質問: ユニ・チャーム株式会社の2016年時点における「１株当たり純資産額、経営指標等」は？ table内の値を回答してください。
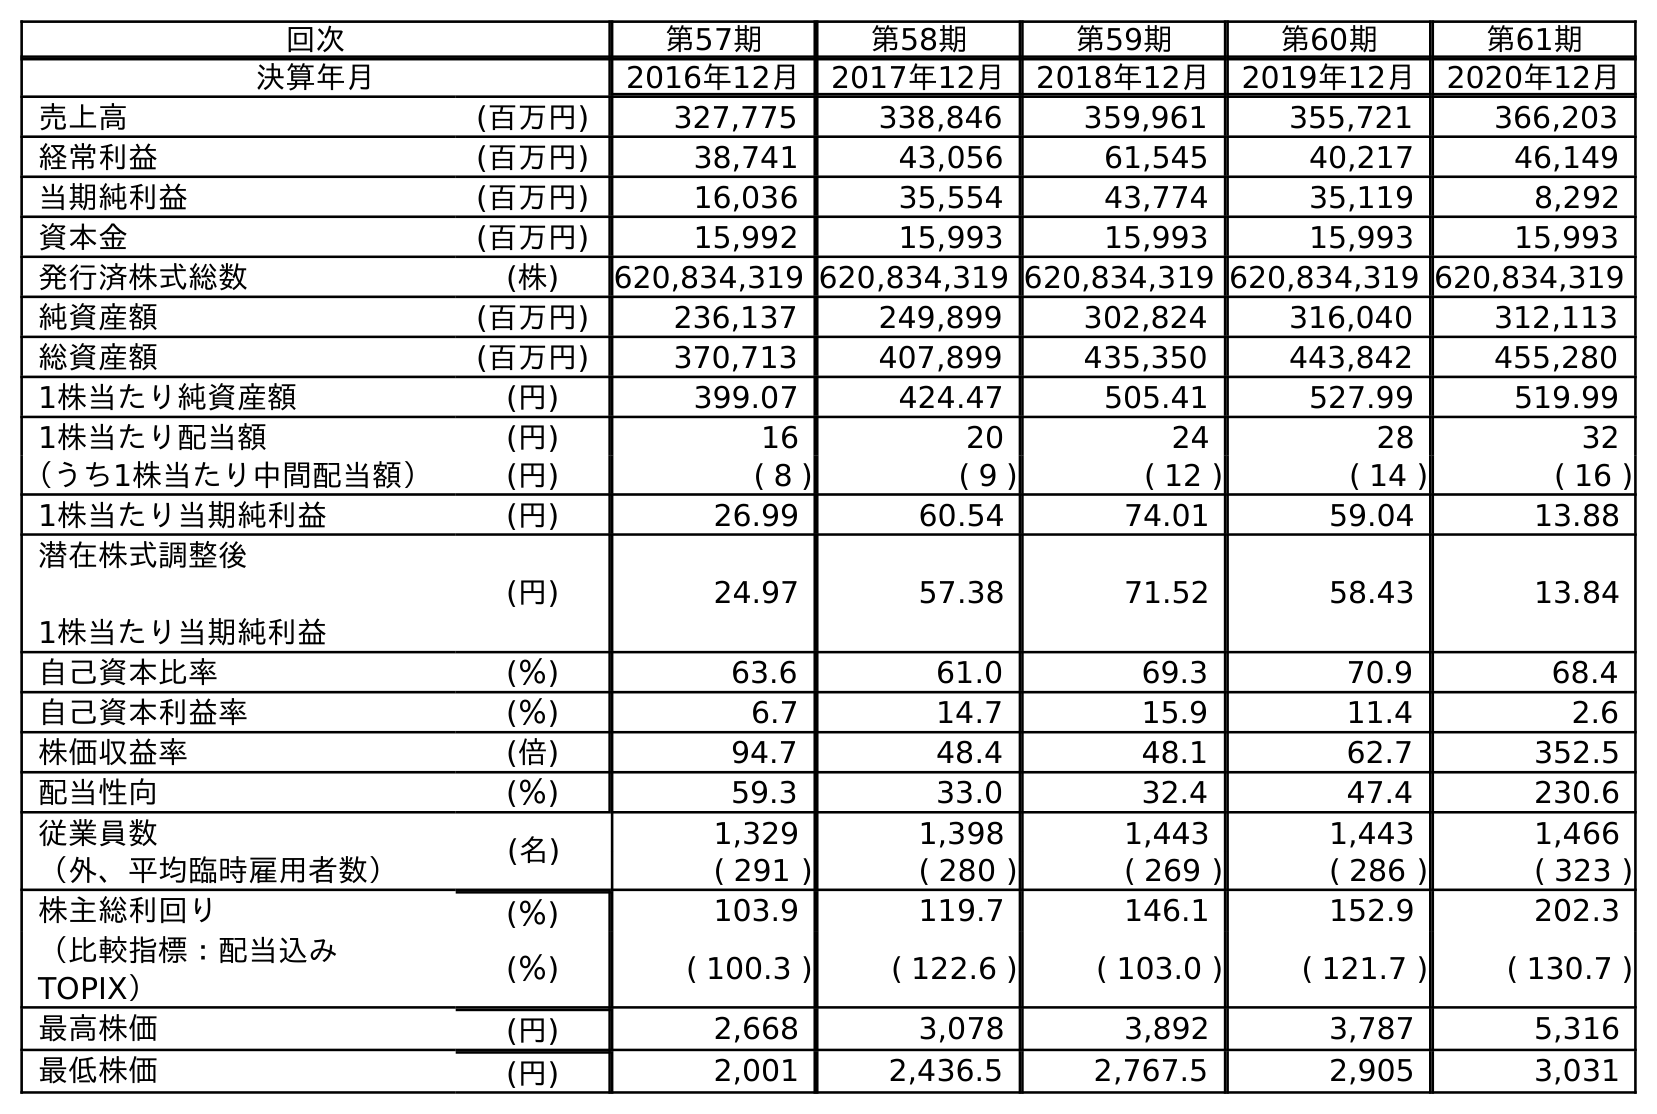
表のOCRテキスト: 回次 第57期 第58期 第59期 第60期 第61期 決算年月 2016年12月 2017年12月 2018年12月 2019年12月 2020年12月 売上高 (百万円) 327,775 338,846 359,961 355,721 366,203 経常利益 (百万円) 38,741 43,056 61,545 40,217 46,149 当期純利益 (百万円) 16,036 35,554 43,774 35,119 8,292 資本金 (百万円) 15,992 15,993 15,993 15,993 15,993 発行済株式総数 (株) 620,834,319 620,834,319 620,834,319 620,834,319 620,834,319 純資産額 (百万円) 236,137 249,899 302,824 316,040 312,113 総資産額 (百万円) 370,713 407,899 435,350 443,842 455,280 1株当たり純資産額 (円) 399.07 424.47 505.41 527.99 519.99 1株当たり配当額 (円) 16 20 24 28 32 （うち1株当たり中間配当額） (円) ( 8 ) ( 9 ) ( 12 ) ( 14 ) ( 16 ) 1株当たり当期純利益 (円) 26.99 60.54 74.01 59.04 13.88 潜在株式調整後 1株当たり当期純利益 (円) 24.97 57.38 71.52 58.43 13.84 自己資本比率 (％) 63.6 61.0 69.3 70.9 68.4 自己資本利益率 (％) 6.7 14.7 15.9 11.4 2.6 株価収益率 (倍) 94.7 48.4 48.1 62.7 352.5 配当性向 (％) 59.3 33.0 32.4 47.4 230.6 従業員数 (名) 1,329 1,398 1,443 1,443 1,466 （外、平均臨時雇用者数） ( 291 ) ( 280 ) ( 269 ) ( 286 ) ( 323 ) 株主総利回り (％) 103.9 119.7 146.1 152.9 202.3 （比較指標：配当込み TOPIX） (％) ( 100.3 ) ( 122.6 ) ( 103.0 ) ( 121.7 ) ( 130.7 ) 最高株価 (円) 2,668 3,078 3,892 3,787 5,316 最低株価 (円) 2,001 2,436.5 2,767.5 2,905 3,031
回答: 399.07